Schemes for the provision of education (Education (Scotland) Act, 1918, section 6), 1918
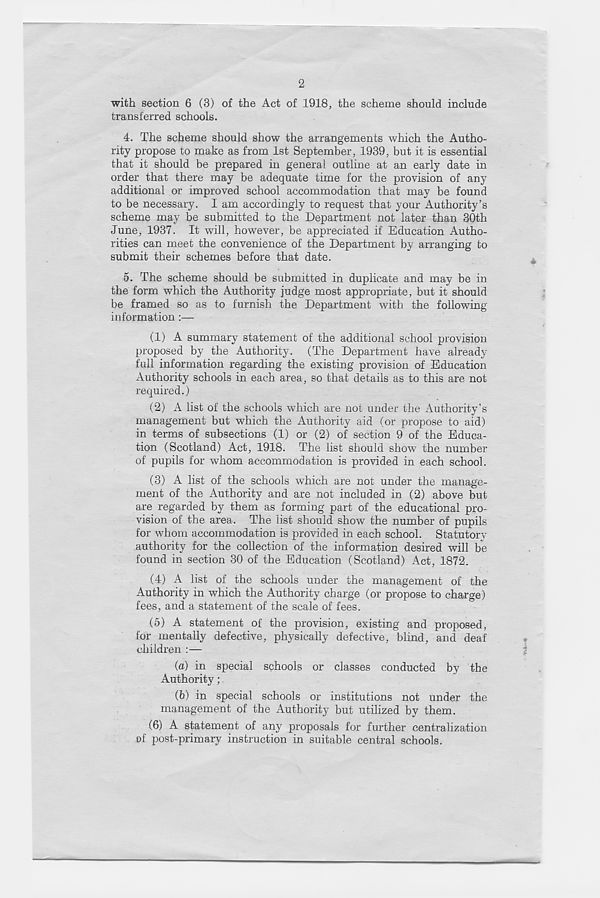
2
with section 6 (3) of the Act of 1918, the scheme should include
transferred schools.
4. The scheme should show the arrangements which the Autho-
rity propose to make as from 1st September, 1939, but it is essential
that it should be prepared in general outline at an early date in
order that there may be adequate time for the provision of any
additional or improved school accommodation that may be found
to be necessary. I am accordingly to request that your Authority’s
scheme may be submitted to the Department not later than 30th
June, 1937. It will, however, be appreciated if Education Autho-
rities can meet the convenience of the Department by arranging to
submit their schemes before that date.
5. The scheme should be submitted in duplicate and may be in
the form which the Authority judge most appropriate, but it should
be framed so as to furnish the Department with the following-
information :—
(1) A summary statement of the additional school provision
proposed by the Authority. (The Department have already
full information regarding the existing provision of Education
Authority schools in each area, so that details as to this are not
required.)
(2) A list of the schools which are not under the Authority’s
management but which the Authority aid (or propose to aid)
in terms of subsections (1) or (2) of section 9 of the Educa-
tion (Scotland) Act, 1918. The list should show the number
of pupils for whom accommodation is provided in each school.
(3) A list of the schools which are not under the manage-
ment of the Authority and are not included in (2) above but
are regarded by them as forming part of the educational pro-
vision of the area. The list should show the number of pupils
for whom accommodation is provided in each school. Statutory
authority for the collection of the information desired will be
found in section 30 of the Education (Scotland) Act, 1872.
(4) A list of the schools under the management of the
Authority in which the Authority charge (or propose to charge)
fees, and a statement of the scale of fees.
(5) A statement of the provision, existing and proposed,
for mentally defective, physically defective, blind, and deaf
children :—
(a) in special schools or classes conducted by the
Authority;
(b) in special schools or institutions not under the
management of the Authority but utilized by them.
(6) A statement of any proposals for further centralization
of post-primary instruction in suitable central schools.